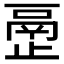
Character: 𰙴